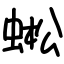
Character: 蜙